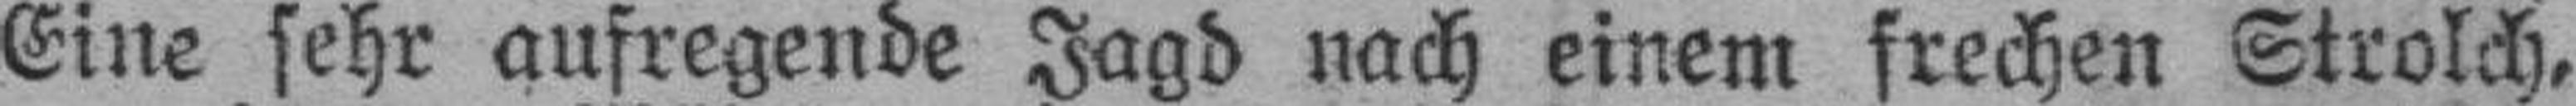
Eine sehr aufregende Jagd nach einem frechen Strolch,